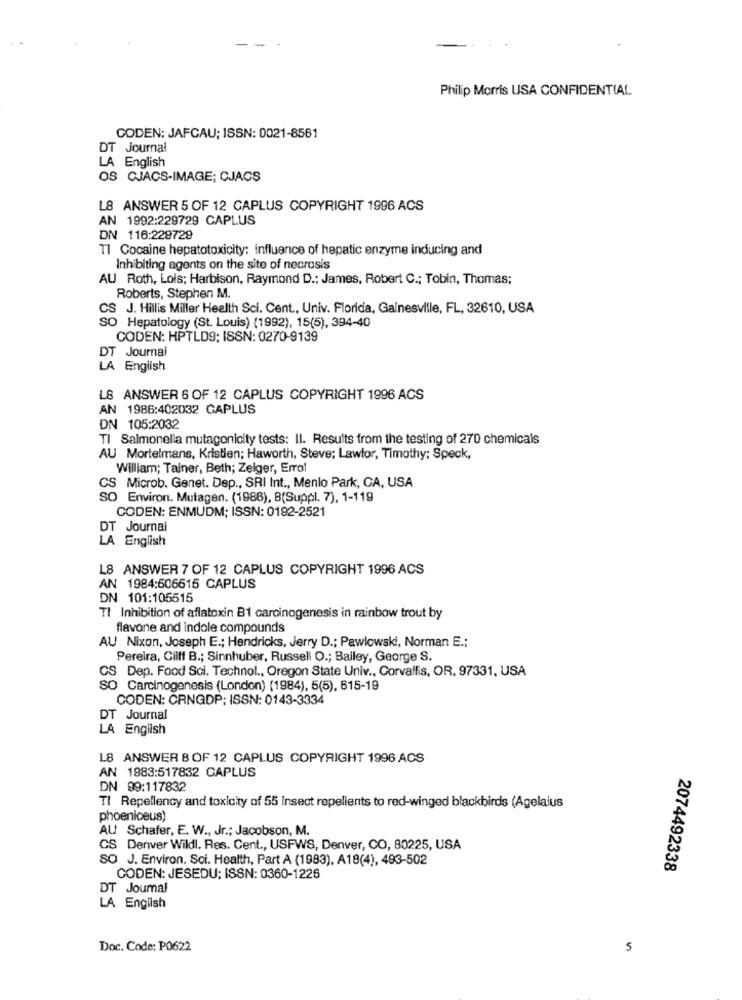
Philip Morris USA CONFIDENTIAL
CODEN: JAFCAU; ISSN: 0021-8581
DT Journal
LA English
OS CJACS-IMAGE; CJACS
L8 ANSWER 5 OF 12 CAPLUS COPYRIGHT 1996 ACS
AN 1992:229729 CAPLUS
DN 116:229729
Tl Cocaine hepatotoxicity: influence of hepatic enzyme inducing and
Inhibiting agents on the site of necrosis
AU Roth, Lois; Harbison, Raymond D .; James, Robert C .; Tobin, Thomas;
Roberts, Stephen M.
CS J. Hillis Miller Health Sci. Cent ., Univ. Florida, Gainesville, FL, 32610, USA
SO Hepatology (St. Louis) (1992), 15(5), 394-40
CODEN: HPTLD9; ISSN: 0270-9139
DT Journal
LA English
L8 ANSWER 6 OF 12 CAPLUS COPYRIGHT 1996 ACS
AN 1986:402032 GAPLUS
DN 105:2032
TI Salmonella mutagonicity tests: Il. Results from the testing of 270 chemicals
AU Mortelmans, Kristien; Haworth, Steve; Lawtor, Timothy; Speck,
William; Tainer, Beth; Zeiger, Errol
CS Microb. Genet. Dep ., SRI Int ., Menlo Park, CA, USA
SO Environ. Mutagen. (1988), B(Suppl. 7), 1-119
CODEN: ENMUDM; ISSN: 0192-2521
DT Journal
LA English
L8 ANSWER 7 OF 12 CAPLUS COPYRIGHT 1996 ACS
AN 1984:506615 CAPLUS
DN 101:105515
TI Inhibition of aflatoxin B1 carcinogenesis in rainbow trout by
flavone and indole compounds
AU Nixon, Joseph E .; Hendricks, Jerry D .; Pawlowski, Norman E .;
Pereira, Cliff B .; Sinnhuber, Russell O .; Bailey, George S.
CS Dep. Food Sci. Technol ., Oregon State Univ ., Corvallis, OR. 97331, USA
SO Carcinogenesis (London) (1984), 5(5), 615-19
CODEN: CRNGDP; ISSN: 0143-3334
DT Journal
LA English
L8 ANSWER 8 OF 12 CAPLUS COPYRIGHT 1996 ACS
AN 1983:517832 CAPLUS
DN 99:117832
TI Repellency and toxicity of 55 insect repellents to red-winged blackbirds (Agelaius
phoeniceus)
AU Schafer, E. W ., Jr .; Jacobson, M.
CS Denver Wildl. Res. Cent ., USFWS, Denver, CO, 80225, USA
SO J. Environ. Sci. Health, Part A (1983), A19(4), 493-502
2074492338
CODEN: JESEDU; ISSN: 0360-1226
DT Journal
LA English
Doc. Code: P0622
5